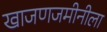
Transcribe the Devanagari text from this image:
खाजणजमीनीला